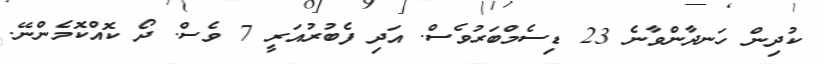
ކުދިން ހަނދާންވާނެ 23 ޑިސެމްބަރުވެސް. އަދި ފެބުރުއަރީ 7 ވެސް. ދޯ ކޮއްކޮމެންނޭ.